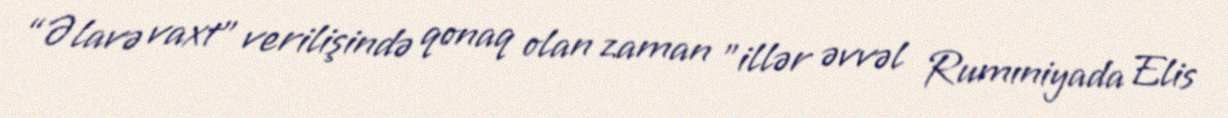
“Əlavə vaxt” verilişində qonaq olan zaman "illər əvvəl Rumıniyada Elis